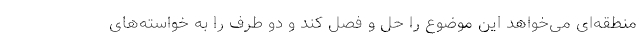
منطقه‌ای می‌خواهد این موضوع را حل و فصل کند و دو طرف را به خواسته‌های